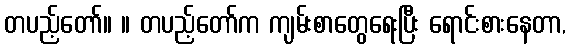
တပည့်တော်။ ။ တပည့်တော်က ကျမ်းစာတွေရေးပြီး ရောင်းစားနေတာ,